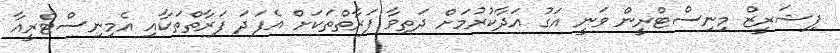
ފިޝަރީޒް މިނިސްޓްރީން ވަނީ އަގު އަދާކުރުމަށް ދަތިވާ ފަރާތްތަކަށް އެފަދަ ފަރާތްތަކާއި އެމިނިސްޓްރީއާ